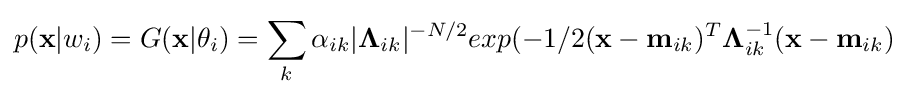
p(\mathbf {x} |w_{i})=G(\mathbf {x} |\theta _{i})=\sum _{k}\alpha _{ik}|\mathbf {\Lambda } _{ik}|^{-N/2}exp(-1/2(\mathbf {x} -\mathbf {m} _{ik})^{T}\mathbf {\Lambda } _{ik}^{-1}(\mathbf {x} -\mathbf {m} _{ik})